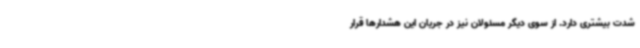
شدت بیشتری دارد. از سوی دیگر مسئولان نیز در جریان این هشدارها قرار